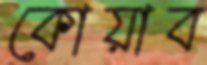
কোয়াব